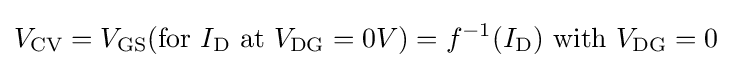
V_{\text{CV}}=V_{\text{GS}}({\text{for}}\ I_{\text{D}}\ {\text{at}}\ V_{\text{DG}}=0V)=f^{-1}(I_{\text{D}})\ {\text{with}}\ V_{\text{DG}}=0\